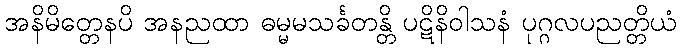
အနိမိတ္တေနပိ အနညထာ ဓမ္မမသင်္ခတန္တိ ပဋိနိဝါသနံ ပုဂ္ဂလပညတ္တိယံ